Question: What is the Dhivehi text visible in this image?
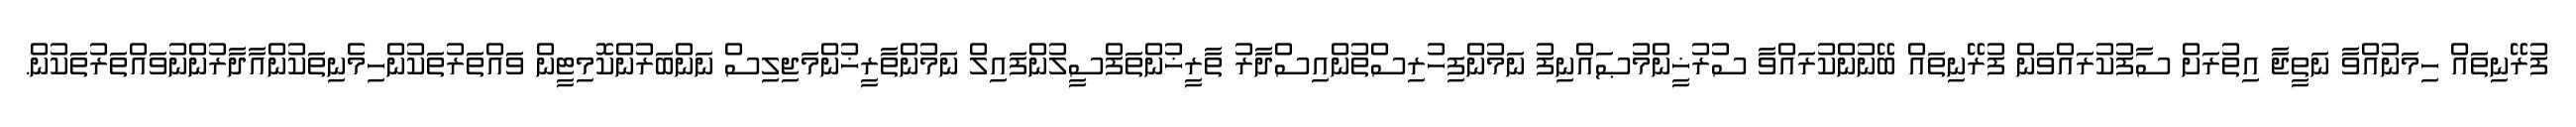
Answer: ފުރޭނިތައް ހިމަނުއްވާ ނަތީޖާ އިތުރަށް ސާފުކުރައްވަން ފުރޭނިތައް ބޭނުންކުރައްވާ ސުރުޚީންމުޞައްނިފު ނަމުންފިހުރިސްތުންއިސްދާރު ތާރީޚުންތަފްސީލުންފައިލް ނަމުންތާރީޚުންމަޖިލިސް ނަންބަރުންކޮމިޓީން ވައްތަރުތަކުންހިމެނިތަކުންއާދާރުންނުވައްތަރުތަކުން.